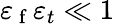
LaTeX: \varepsilon_{\mathrm{~f~}}\varepsilon_{t}\ll 1